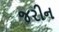
જરીન